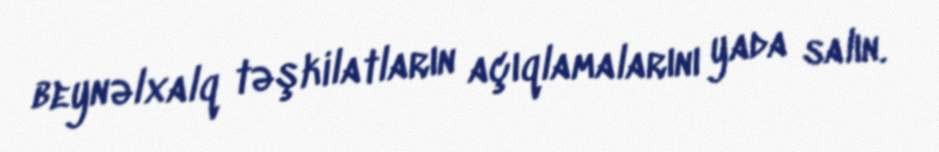
beynəlxalq təşkilatların açıqlamalarını yada salın.